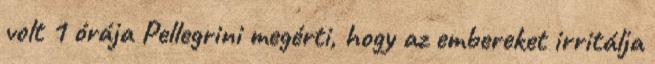
volt 1 órája Pellegrini megérti, hogy az embereket irritálja